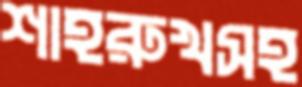
শাহরুখসহ